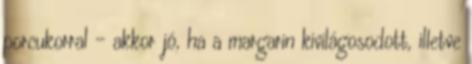
porcukorral – akkor jó, ha a margarin kivilágosodott, illetve